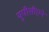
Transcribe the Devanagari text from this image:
युपीसीएने